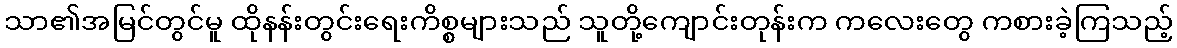
သာ၏အမြင်တွင်မူ ထိုနန်းတွင်းရေးကိစ္စများသည် သူတို့ကျောင်းတုန်းက ကလေးတွေ ကစားခဲ့ကြသည့်